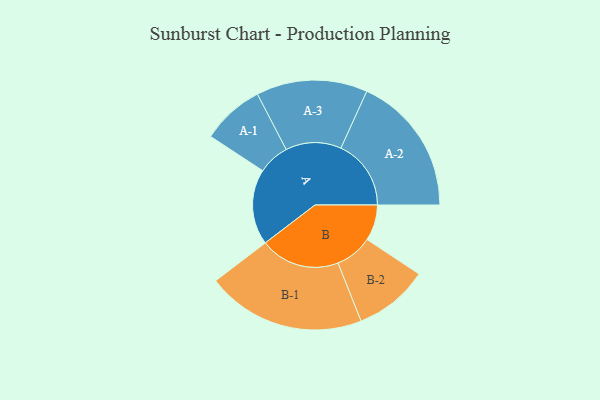
{"axis": {"x": "Segment", "y": "Value"}, "legend": ["", "A", "B"], "data": [{"x": "A", "y": 280, "type": ""}, {"x": "B", "y": 133, "type": ""}, {"x": "A-1", "y": 116, "type": "A"}, {"x": "A-2", "y": 260, "type": "A"}, {"x": "A-3", "y": 206, "type": "A"}, {"x": "B-1", "y": 295, "type": "B"}, {"x": "B-2", "y": 138, "type": "B"}]}